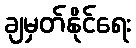
ချမှတ်နိုင်ရေး